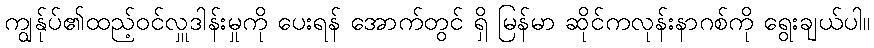
ကျွန်ုပ်၏ထည့်ဝင်လှူဒါန်းမှုကို ပေးရန် အောက်တွင် ရှိ မြန်မာ ဆိုင်ကလုန်းနာဂစ်ကို ရွေးချယ်ပါ။